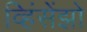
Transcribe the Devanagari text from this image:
व्हिंसेंझो